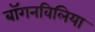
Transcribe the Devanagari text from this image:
बॉगनविलिया